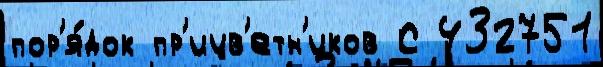
пор'я́док пр'ицв'етн'иков С 432751